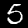
Label: 5